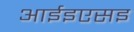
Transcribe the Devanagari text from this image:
आईइएसइ